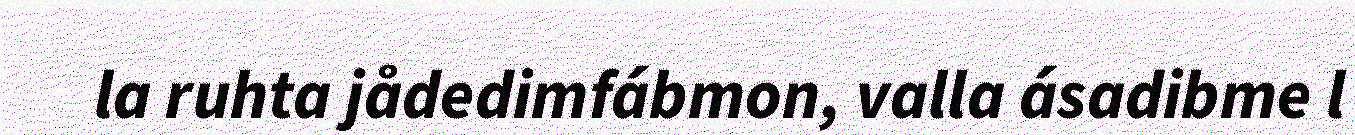
la ruhta jådedimfábmon, valla ásadibme l